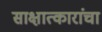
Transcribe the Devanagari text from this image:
साक्षात्कारांचा